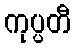
ကုပ္ပတီ